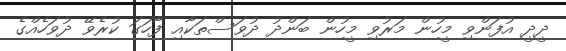
ދީދީ އުފަންވި މީހުން މަރުވި މީހުން ބަންދު ދުވަސްތަކާއި ފާހަގަ ކުރެވޭ ދުވަހެއްގެ